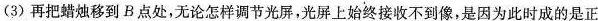
(3)再把蜡烛移到B点处，无论怎样调节光屏，光屏上始终接收不到像，是因为此时成的是正